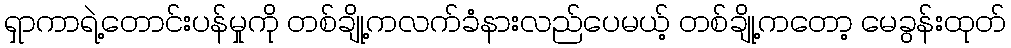
ရှာကာရဲ့တောင်းပန်မှုကို တစ်ချို့ကလက်ခံနားလည်ပေမယ့် တစ်ချို့ကတော့ မေခွန်းထုတ်